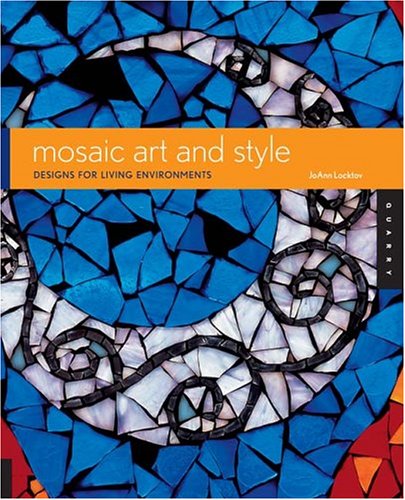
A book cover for Mosaic Art and Style: Designs for Living Environments; JoAnn Locktov; Arts & Photography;